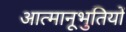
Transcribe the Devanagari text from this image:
आत्मानूभुतियों